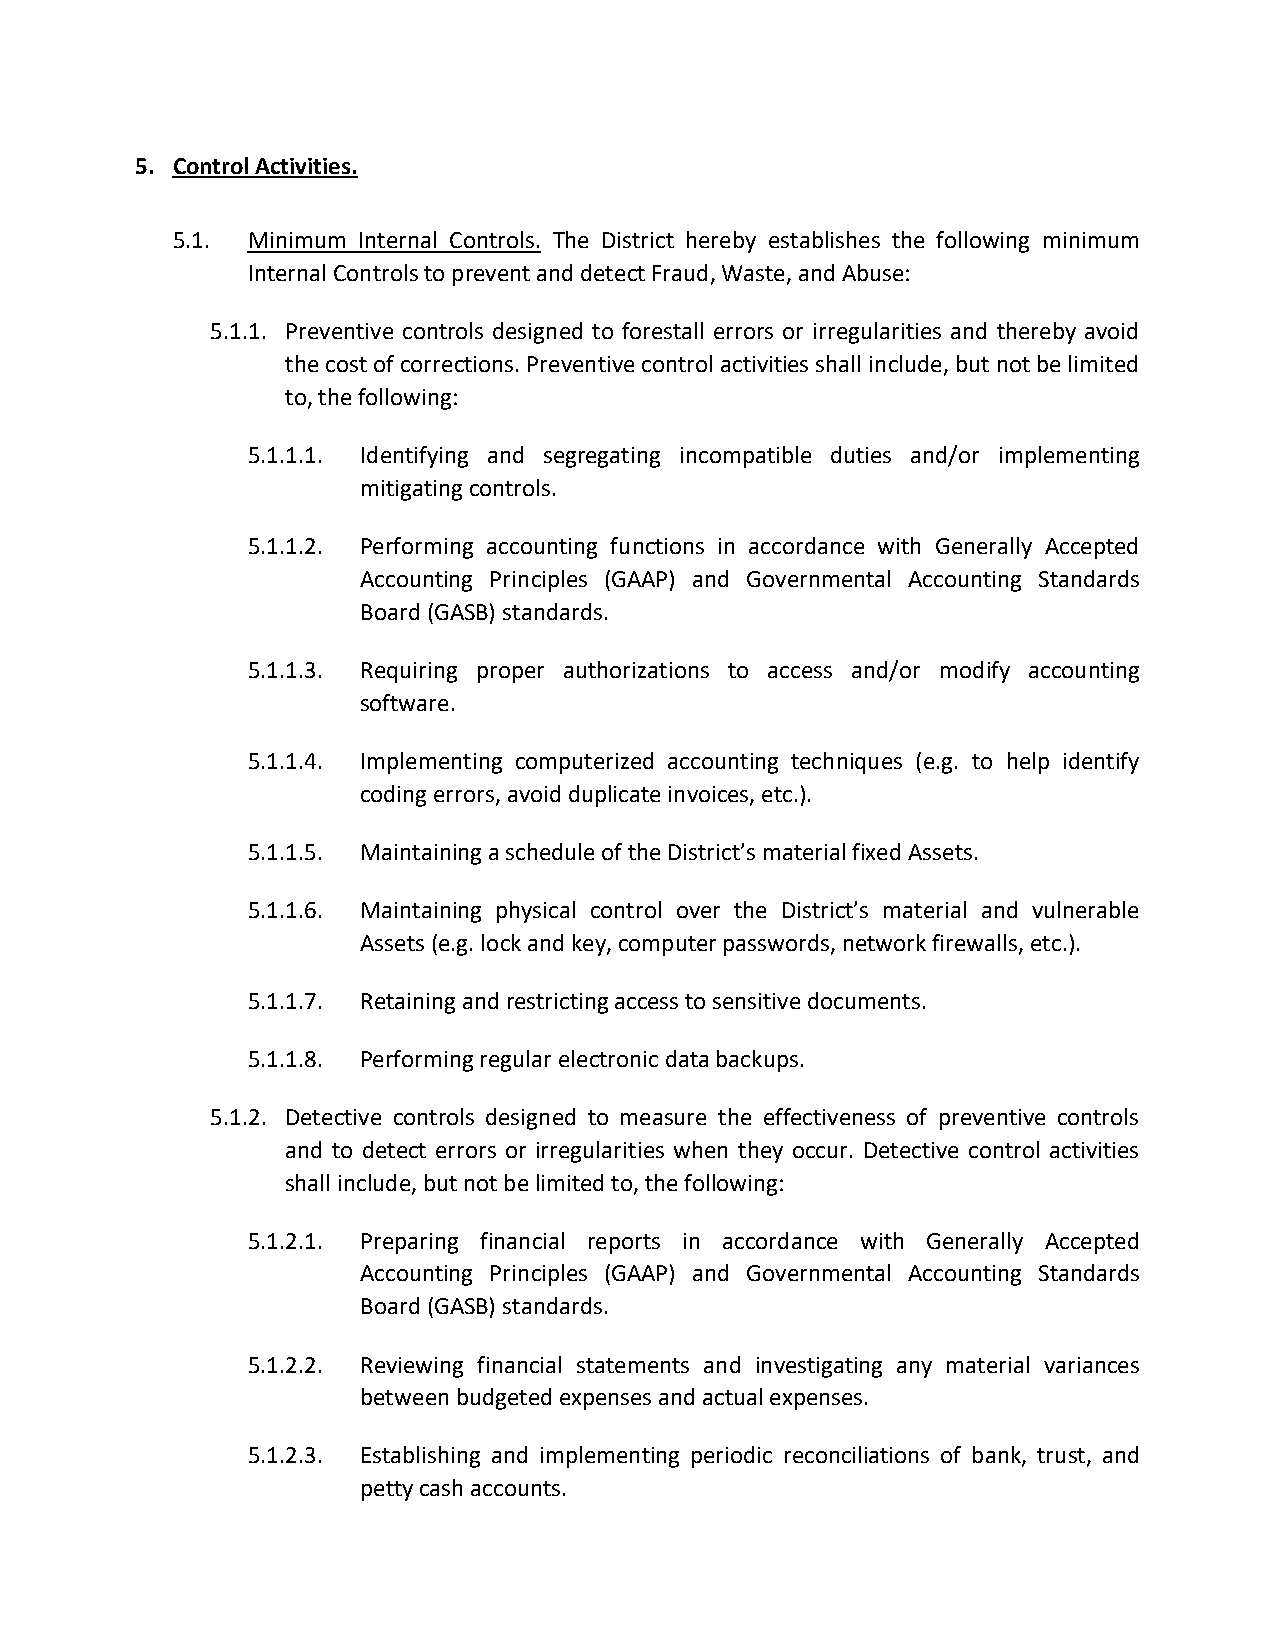
5. Control Activities.
 5.1. Minimum Internal Controls. The District hereby establishes the following minimum
 Internal Controls to prevent and detect Fraud, Waste, and Abuse:
 5.1.1. Preventive controls designed to forestall errors or irregularities and thereby avoid
 the cost of corrections. Preventive control activities shall include, but not be limited
 to, the following:
 5.1.1.1. Identifying and segregating incompatible duties and/or implementing
 mitigating controls.
 5.1.1.2. Performing accounting functions in accordance with Generally Accepted
 Accounting Principles (GAAP) and Governmental Accounting Standards
 Board (GASB) standards.
 5.1.1.3. Requiring proper authorizations to access and/or modify accounting
 software.
 5.1.1.4. Implementing computerized accounting techniques (e.g. to help identify
 coding errors, avoid duplicate invoices, etc.).
 5.1.1.5. Maintaining a schedule of the District’s material fixed Assets.
 5.1.1.6. Maintaining physical control over the District’s material and vulnerable
 Assets (e.g. lock and key, computer passwords, network firewalls, etc.).
 5.1.1.7. Retaining and restricting access to sensitive documents.
 5.1.1.8. Performing regular electronic data backups.
 5.1.2. Detective controls designed to measure the effectiveness of preventive controls
 and to detect errors or irregularities when they occur. Detective control activities
 shall include, but not be limited to, the following:
 5.1.2.1. Preparing financial reports in accordance with Generally Accepted
 Accounting Principles (GAAP) and Governmental Accounting Standards
 Board (GASB) standards.
 5.1.2.2. Reviewing financial statements and investigating any material variances
 between budgeted expenses and actual expenses.
 5.1.2.3. Establishing and implementing periodic reconciliations of bank, trust, and
 petty cash accounts.